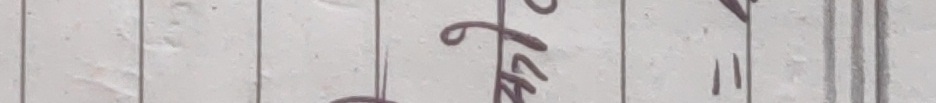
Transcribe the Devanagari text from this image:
५ ॥